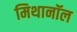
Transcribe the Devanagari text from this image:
मिथानॉल